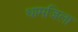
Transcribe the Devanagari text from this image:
धामजिला